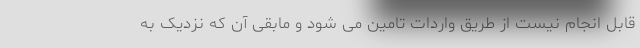
قابل انجام نیست از طریق واردات تامین می شود و مابقی آن که نزدیک به